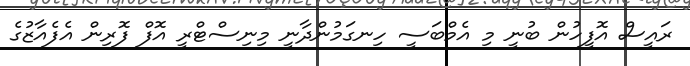
ރައީސް އޮފީހުން ބުނީ މި އެމްބަސީ ހިނގަމުންދާނީ މިނިސްޓްރީ އޮފް ފޮރިން އެފެއާޒުގެ